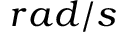
r a d / s